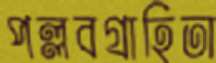
পল্লবগ্রাহিতা